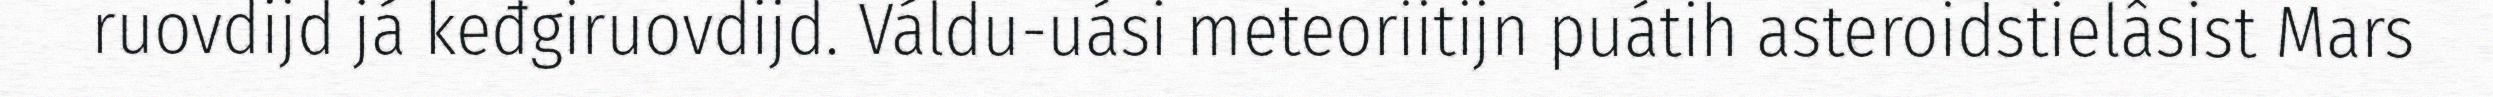
ruovdijd já keđgiruovdijd. Váldu-uási meteoriitijn puátih asteroidstielâsist Mars